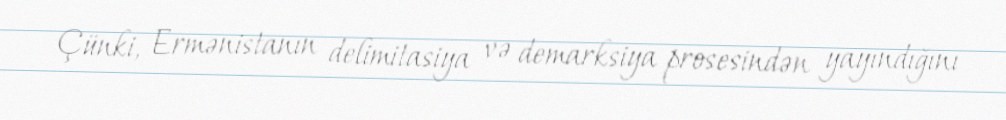
Çünki, Ermənistanın delimitasiya və demarksiya prosesindən yayındığını